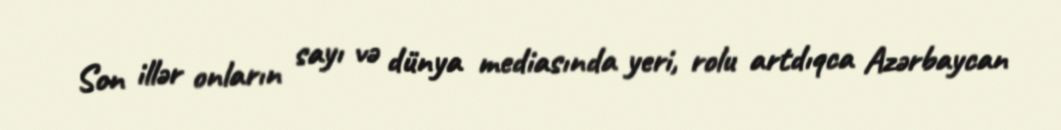
Son illər onların sayı və dünya mediasında yeri, rolu artdıqca Azərbaycan